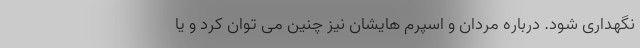
نگهداری شود. درباره مردان و اسپرم هایشان نیز چنین می توان کرد و یا